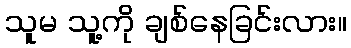
သူမ သူ့ကို ချစ်နေခြင်းလား။